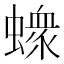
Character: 𧑄